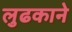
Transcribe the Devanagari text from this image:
लुढकाने